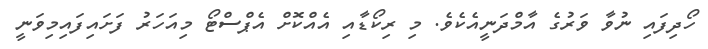
ހޯދިފައި ނުވާ ވަރުގެ އާމްދަނީއެކެވެ. މި ރިކޯޑާއި އެއްކޮށް އެޕްސްޓޯ މިއަހަރު ފަށައިފައިމިވަނީ